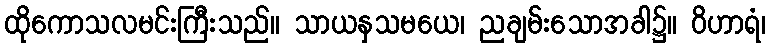
ထိုကောသလမင်းကြီးသည်။ သာယနှသမယေ၊ ညချမ်းသောအခါ၌။ ဝိဟာရံ၊